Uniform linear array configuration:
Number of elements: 24
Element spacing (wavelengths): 1
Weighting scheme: hamming
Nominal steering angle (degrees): -30
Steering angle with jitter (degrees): -30.087
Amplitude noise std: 0.05
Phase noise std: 0.05

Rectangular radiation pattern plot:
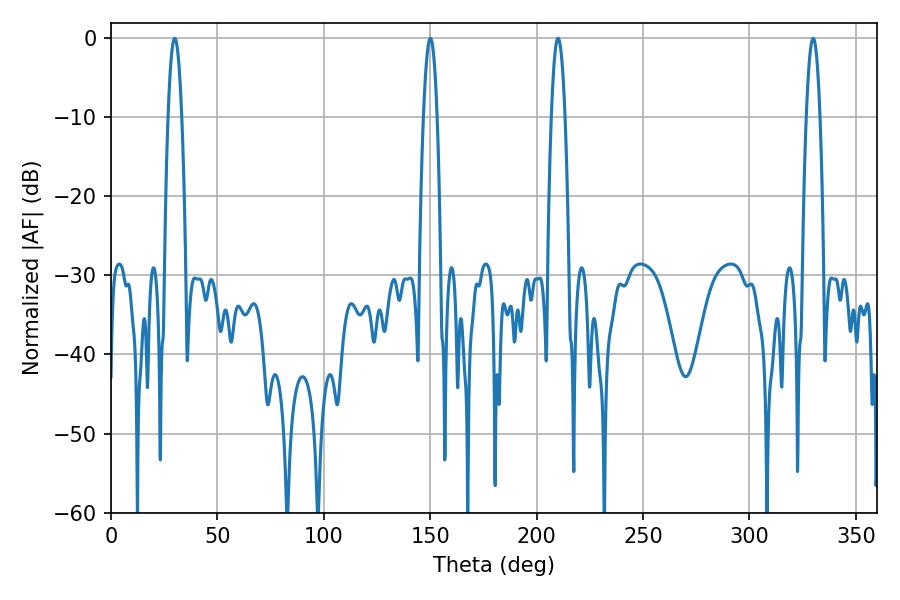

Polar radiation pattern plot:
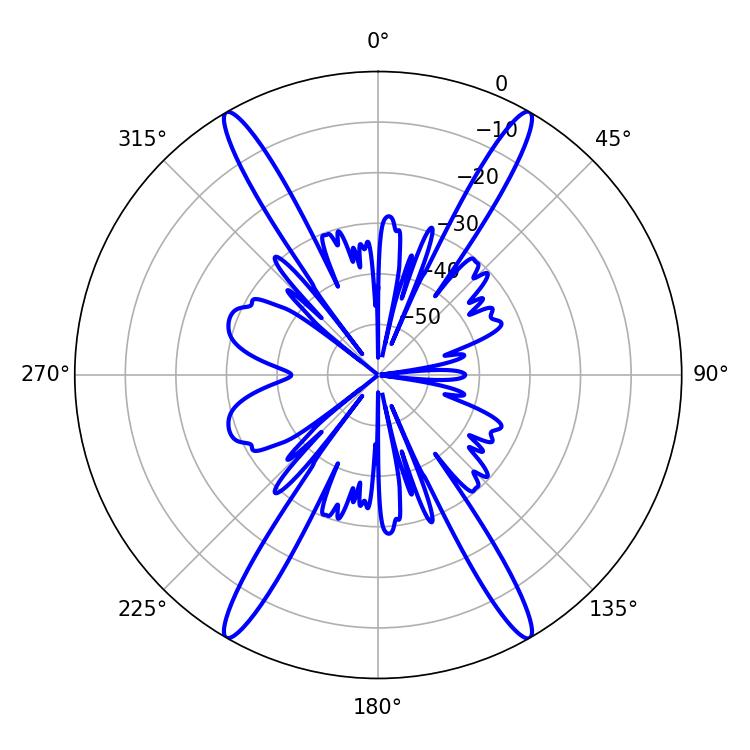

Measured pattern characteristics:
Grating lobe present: TRUE
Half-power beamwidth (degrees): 3.6
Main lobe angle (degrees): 329.94